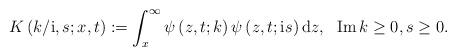
LaTeX: \begin{align*}K\left( k/\mathrm{i},s;x,t\right) :=\int_{x}^{\infty}\psi\left(z,t;k\right) \psi\left( z,t;\mathrm{i}s\right) \mathrm{d}z,\ \ \operatorname{Im}k\geq0,s\geq0. \end{align*}